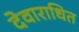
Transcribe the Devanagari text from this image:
देवाराधित